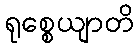
ရုစ္စေယျာတိ